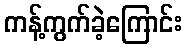
ကန့်ကွက်ခဲ့ကြောင်း